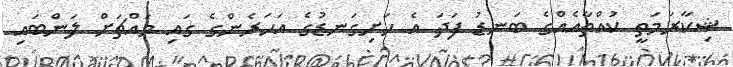
ޝިކާރަމަތީ ކުއްތާއެއްގެ ބަނޑު ފަދަ އެ ހަށިގަނޑުގެ އަހަރެންގެ ގައި މައްޗަށް ލަންބައި